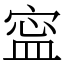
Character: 寍